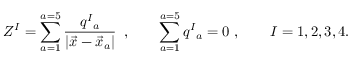
Z ^ { I } = \sum _ { a = 1 } ^ { a = 5 } { \frac { q ^ { I } { } _ { a } } { | \vec { x } - \vec { x } _ { a } | } } \, \ , \qquad \sum _ { a = 1 } ^ { a = 5 } q ^ { I } { } _ { a } = 0 \ , \qquad I = 1 , 2 , 3 , 4 .